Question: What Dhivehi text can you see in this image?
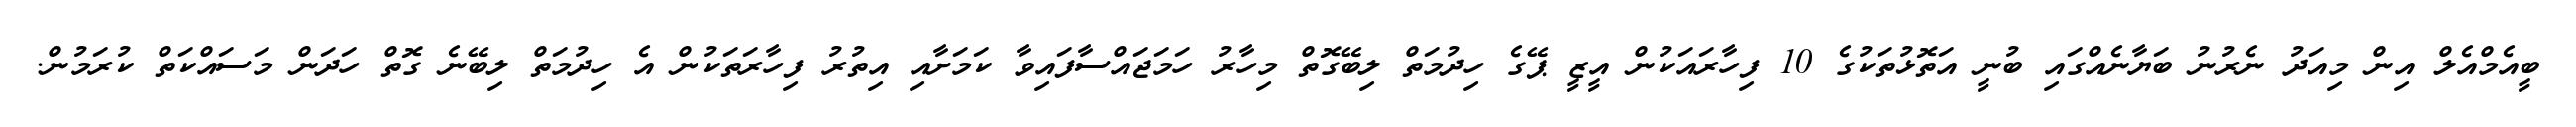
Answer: ބީއެމްއެލް އިން މިއަދު ނެރުނު ބަޔާނެއްގައި ބުނީ އަތޮޅުތަކުގެ 10 ފިހާރައަކުން އީޒީ ޕޭގެ ހިދުމަތް ލިބޭގޮތް މިހާރު ހަމަޖައްސާފައިވާ ކަމަށާއި އިތުރު ފިހާރަތަކުން އެ ހިދުމަތް ލިބޭނެ ގޮތް ހަދަން މަސައްކަތް ކުރަމުން.